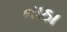
નાઠા